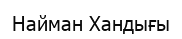
Найман Хандығы